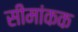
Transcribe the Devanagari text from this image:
सीमांकक